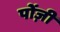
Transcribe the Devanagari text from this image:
पोंज़ी